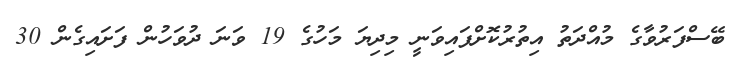
ބޭސްފަރުވާގެ މުއްދަތު އިތުރުކޮށްފައިވަނީ މިދިޔަ މަހުގެ 19 ވަނަ ދުވަހުން ފަށައިގެން 30